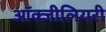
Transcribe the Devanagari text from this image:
ऑक्जीलियरी